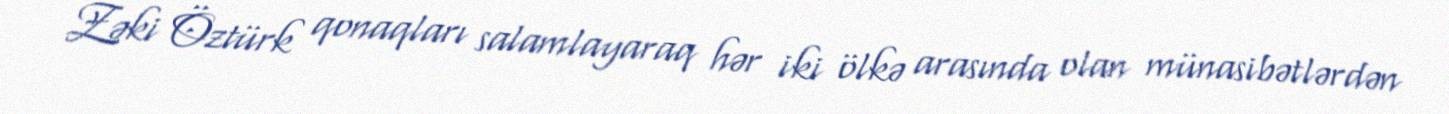
Zəki Öztürk qonaqları salamlayaraq hər iki ölkə arasında olan münasibətlərdən